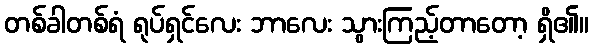
တစ်ခါတစ်ရံ ရုပ်ရှင်လေး ဘာလေး သွားကြည့်တာတော့ ရှိ၏။